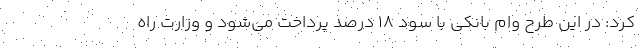
کرد:‌ در این طرح وام بانکی با سود 18 درصد پرداخت می‌شود و وزارت راه